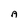
Character: A